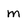
Character: m